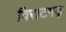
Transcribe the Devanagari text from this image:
विराटगढ़